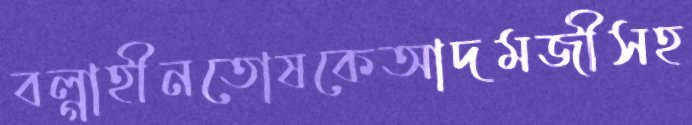
বল্গাহীনতোষকেআদমজীসহ